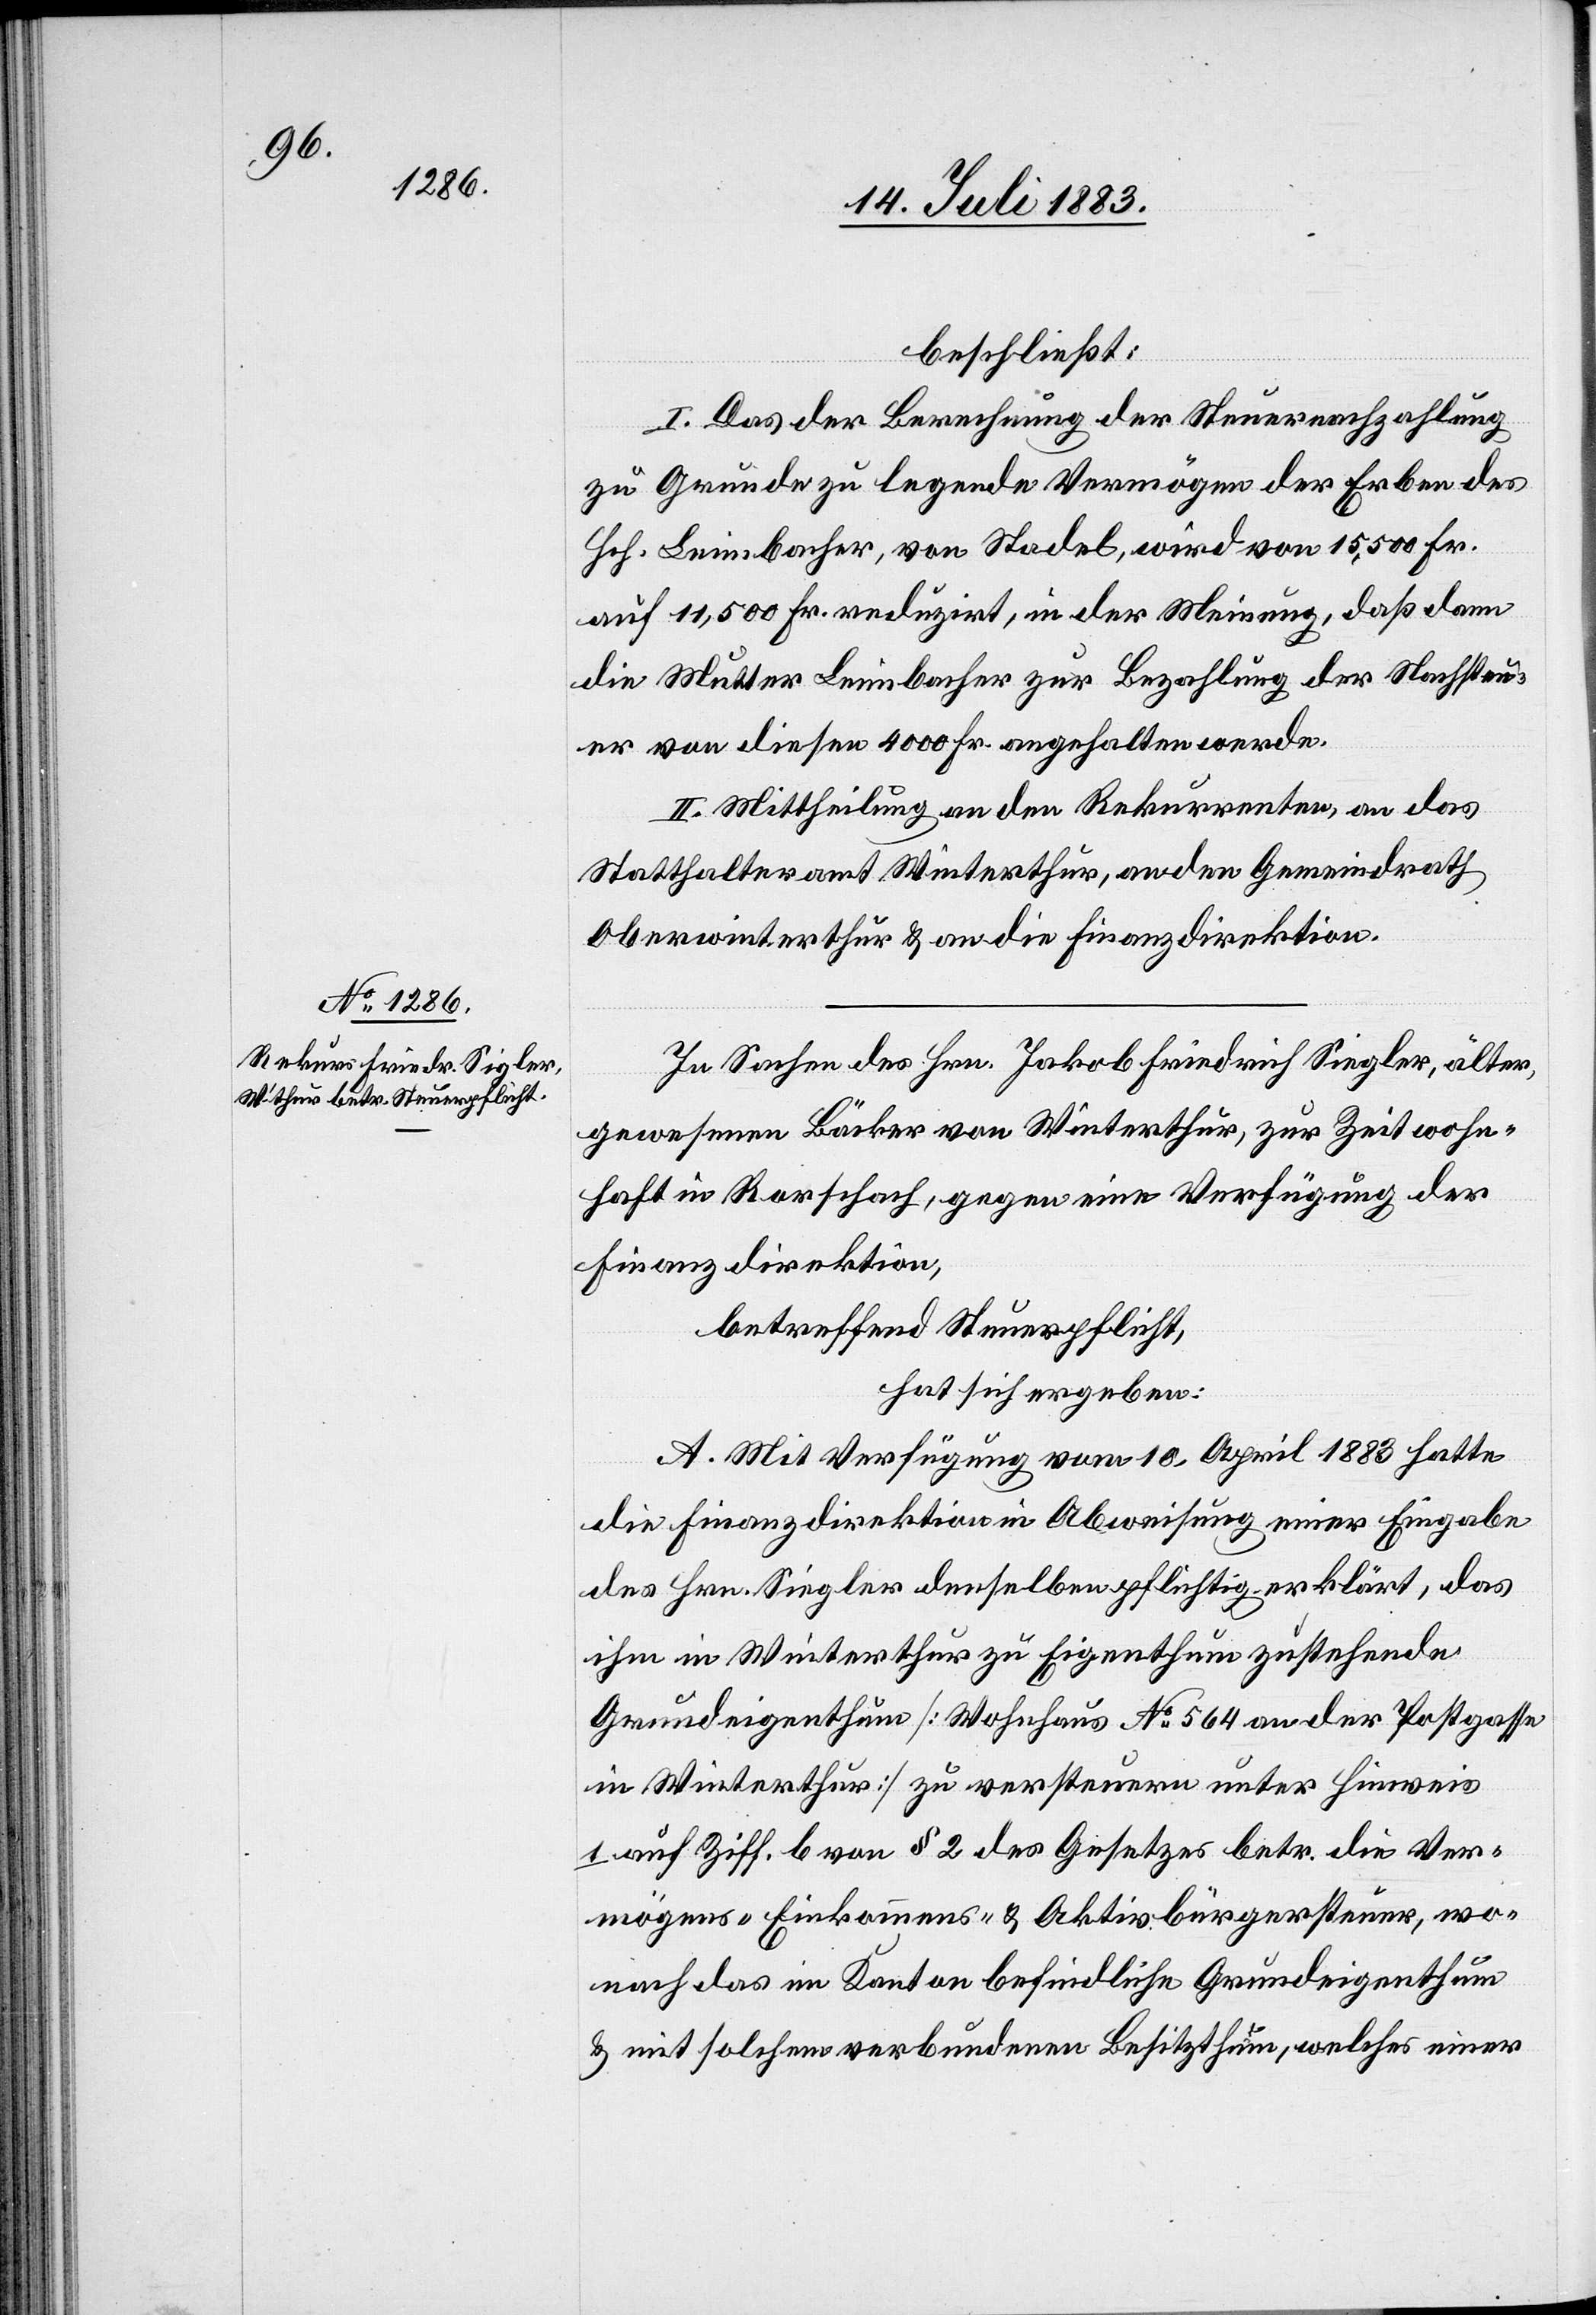
beschließt:
I. Das der Berechnung der Steuernachzahlung
zu Grunde zu legende Vermögen der Erben des
Hch. Leimbacher, von Stadel, wird von 15,500 Fr.
auf 11,500 Fr. reduzirt, in der Meinung, daß dann
die Mutter Leimbacher zur Bezahlung der Nachsteu¬
er von diesen 4000 Fr. angehalten werde.
II. Mittheilung an den Rekurrenten, an das
Statthalteramt Winterthur, an den Gemeindrath
Oberwinterthur & an die Finanzdirektion.
In Sachen des Hrn. Jakob Friedrich Siegler [sic!],
gewesenen Bäcker von Winterthur, zur Zeit wohn¬
haft in Rorschach, gegen eine Verfügung der
Finanzdirektion,
betreffend Steuerpflicht,
hat sich ergeben:
A. Mit Verfügung vom 10. April 1883 hatte
die Finanzdirektion in Abweisung einer Eingabe
des Hrn. Siegler denselben pflichtig erklärt, das
ihm in Winterthur zu Eigenthum zustehende
Grundeigenthum [Wohnhaus No 564 an der Postgasse
in Winterthur] zu versteuern unter Hinweis
1. auf Ziff. b von § 2 des Gesetzes betr. die Ver¬
mögens-[,] Einkommens- & Aktivbürgersteuer, wo¬
nach das im Kanton befindliche Grundeigenthum
& mit solchem verbundenen Besitzthum, welches einer